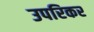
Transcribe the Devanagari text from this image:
उपरिकर